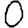
Digit: 0